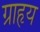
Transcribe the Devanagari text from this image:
ग्राहृय